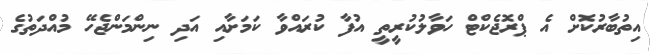
އިތުބާރުކޮށް އެ ޕްރޮޖެކްޓް ހަވާލުކުރީތީ އުފާ ކުރައްވާ ކަމަށާއި އަދި ނިންމަންޖެހޭ މުއްދަތުގެ